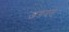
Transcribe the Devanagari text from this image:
जगदत्